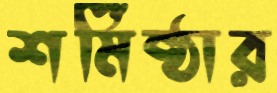
শর্মিষ্ঠার